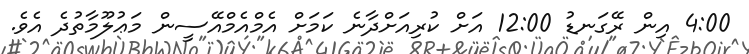
4:00 އިން ރޭގަނޑު 12:00 އަށް ކުރިއަށްދާނެ ކަމަށް އެމްއެމްއޭސީން މަޢުލޫމާތުދެ އެވެ.